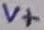
Text: V+